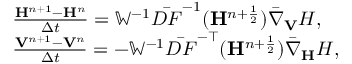
\begin{array} { r l } & { \frac { { \mathbf H } ^ { n + 1 } - { \mathbf H } ^ { n } } { \Delta t } = { \mathbb { W } } ^ { - 1 } \bar { D F } ^ { - 1 } ( { \mathbf H } ^ { n + \frac { 1 } { 2 } } ) \bar { \nabla } _ { \mathbf { V } } H , } \\ & { \frac { { \mathbf V } ^ { n + 1 } - { \mathbf V } ^ { n } } { \Delta t } = - { \mathbb { W } } ^ { - 1 } \bar { D F } ^ { - \top } ( { \mathbf H } ^ { n + \frac { 1 } { 2 } } ) \bar { \nabla } _ { \mathbf { H } } H , } \end{array}